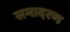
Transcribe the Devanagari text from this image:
समादरण